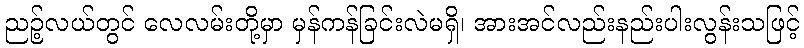
ညဉ့်လယ်တွင် လေလမ်းတို့မှာ မှန်ကန်ခြင်းလဲမရှိ၊ အားအင်လည်းနည်းပါးလွန်းသဖြင့်